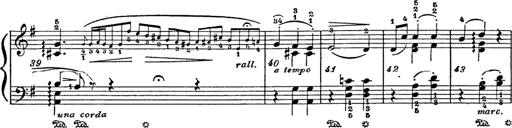
Title: 6 Polish Songs
Composer: Franz Liszt